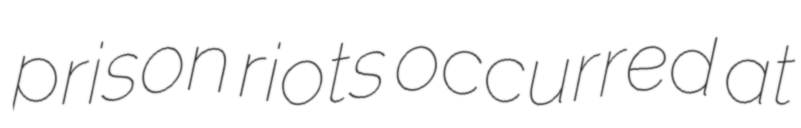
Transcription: prison riots occurred at